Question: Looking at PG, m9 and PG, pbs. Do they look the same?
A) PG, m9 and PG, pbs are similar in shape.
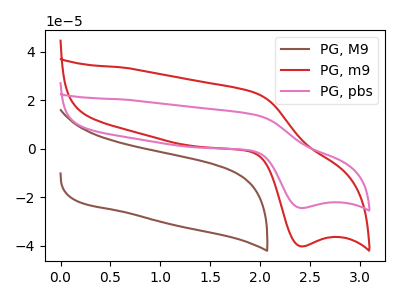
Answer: <think>The brown curve "PG, M9" has no peaks. The red curve "PG, m9" has an anodic peak at (1.95V, 23.05uA) and a cathodic peak at (2.40V, -40.25uA). The pink curve "PG, pbs" has an anodic peak at (1.95V, 14.00uA) and a cathodic peak at (2.40V, -24.45uA).
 All the peaks in "PG, m9" have a peak in "PG, pbs" at the same potential. Every peak in "PG, m9" is higher than every peak in "PG, pbs".</think>
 <answer>A) "PG, m9" and "PG, pbs" are similar in shape.</answer>
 <eval>A</eval>